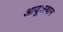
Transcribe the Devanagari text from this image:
आयूःस्थान